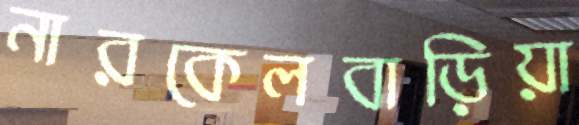
নারকেলবাড়িয়া